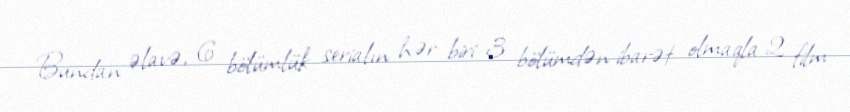
Bundan əlavə, 6 bölümlük serialın hər biri 3 bölümdən ibarət olmaqla 2 film